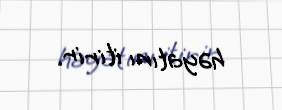
həyatını itirir.